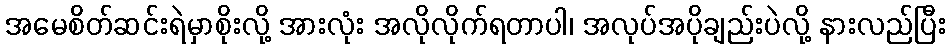
အမေစိတ်ဆင်းရဲမှာစိုးလို့ အားလုံး အလိုလိုက်ရတာပါ၊ အလုပ်အပိုချည်းပဲလို့ နားလည်ပြီး